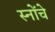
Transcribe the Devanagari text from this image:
स्नोंचे